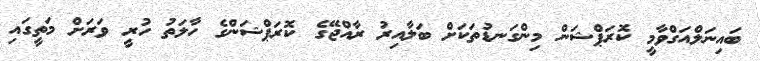
ބައިނަލްއަގްވާމީ ކޮރަޕްޝަން މިންގަނޑުތަކަށް ބަލާއިރު ރާއްޖޭގެ ކޮރަޕްޝަންގެ ހާލަތު ހުރީ ވަރަށް މަތީގައި